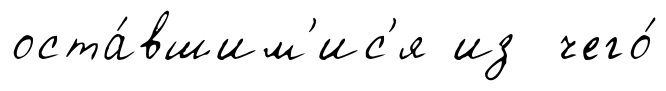
оста́вшим'ис'я из чего́